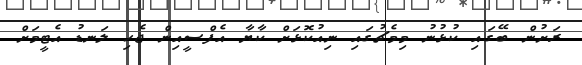
ރަށުން ބޭގައި ކުޅުނު މިމެޗުގައި ނިއުކޮޅަށް ކާޔާ އެފްސީއިން ޖެހި ލަނޑު އެޓީމަށް